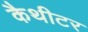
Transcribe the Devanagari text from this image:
कैथीटर